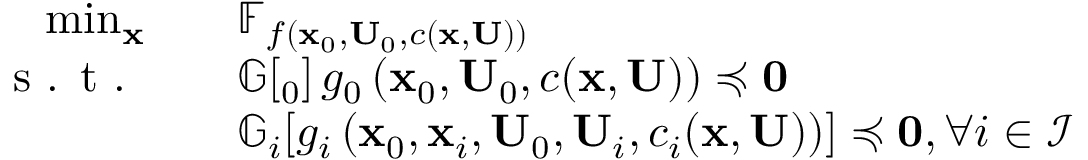
\begin{array} { r l } { \operatorname* { m i n } _ { \mathbf { x } } \quad } & { \mathbb { F } _ { f \left( \mathbf { x } _ { 0 } , \mathbf { U } _ { 0 } , c ( \mathbf { x } , \mathbf { U } ) \right) } } \\ { \textrm { s . t . } \quad } & { \mathbb { G } \! \left[ _ 0 \right] { g _ { 0 } \left( \mathbf { x } _ { 0 } , \mathbf { U } _ { 0 } , c ( \mathbf { x } , \mathbf { U } ) \right) } \preccurlyeq \mathbf { 0 } } \\ & { \mathbb { G } _ { i } \! \left[ g _ { i } \left( \mathbf { x } _ { 0 } , \mathbf { x } _ { i } , \mathbf { U } _ { 0 } , \mathbf { U } _ { i } , c _ { i } ( \mathbf { x } , \mathbf { U } ) \right) \right] \preccurlyeq \mathbf { 0 } , \forall i \in \mathcal { I } } \end{array}